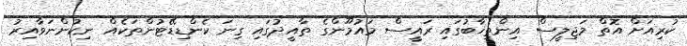
ކުރިއަށް އޮތް މަޖިލީސް އިންތިޚާބުގައި ރައީސް މައުމޫންގެ ތާއީދުގައި ގިނަ ކެންޑިޑޭޓުންތަކެއް ނިކުންނަވާއިރު